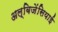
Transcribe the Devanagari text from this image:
अल्बिजेंसियाई